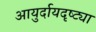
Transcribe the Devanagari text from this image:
आयुर्दायदृष्ट्या